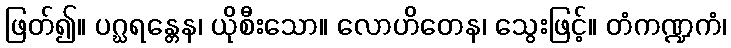
ဖြတ်၍။ ပဂ္ဃရန္တေန၊ ယိုစီးသော။ လောဟိတေန၊ သွေးဖြင့်။ တံကဏ္ဍကံ၊